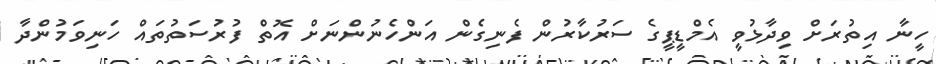
ހީނާ އިތުރަށް ވިދާޅުވީ އެމްޑީޕީގެ ސަރުކާރުން ފެނިގެން އަންހެނުންނަށް އޮތް ފުރުސަތުތައް ހަނިވަމުންދާ